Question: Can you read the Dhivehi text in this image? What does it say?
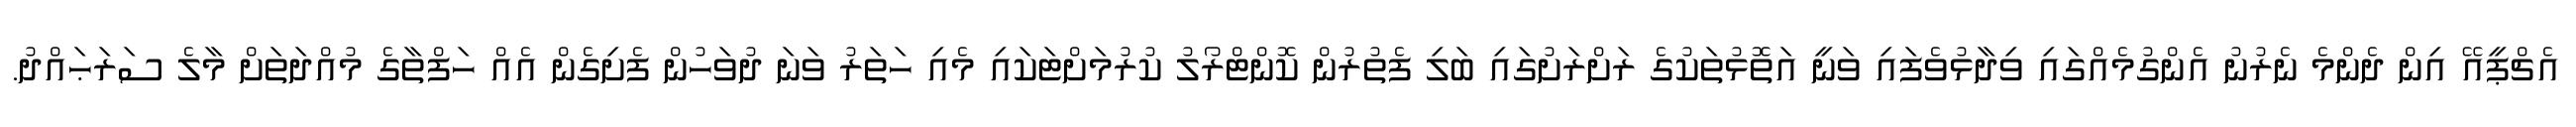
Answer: އެޗްޕީއޭ އިން ދެންމެ ނެރުނު އެންގުމެއްގައި ވިދާޅުވެފައި ވަނީ އަތޮޅުތަކުގެ ރަށްރަށުގައި ބަލި ފެތުރުން ކޮންޓްރޯލު ކުރުމަށްޓަކައި މެއި ހަތަރު ވަނަ ދުވަހުން ފެށިގެން އެއް ހަފްތާގެ މުއްދަތަށް މާލެ ސަރަޙައްދު.